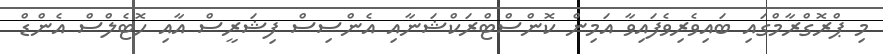
މި ޕްރޮގްރާމްގައި ބައިވެރިވެފައިވާ އަމިން ކޮންސްޓްރަކްޝަނާއި އެންސިސް ފިޝަރީސް އާއި ހޮޓެލްސް އެންޑް